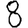
Digit: 8